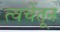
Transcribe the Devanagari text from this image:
त्वचेंतून